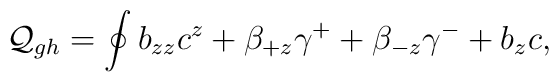
{\cal Q}_{gh}=\oint b_{zz}c^z+\beta_{+z}\gamma^++\beta_{-z}\gamma^-+b_zc,